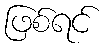
ဖြစ်ရင်